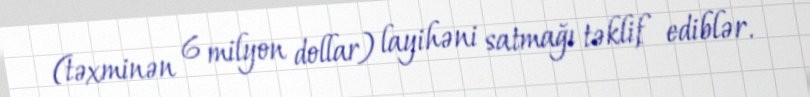
(təxminən 6 milyon dollar) layihəni satmağı təklif ediblər.